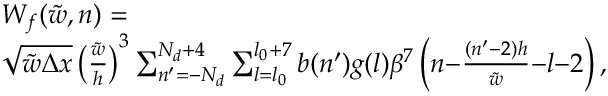
\begin{array} { r l } & { W _ { f } ( \tilde { w } , n ) = } \\ & { \sqrt { \tilde { w } \Delta x } \left( \frac { \tilde { w } } { h } \right) ^ { 3 } \sum _ { n ^ { \prime } = - N _ { d } } ^ { N _ { d } + 4 } \sum _ { l = l _ { 0 } } ^ { l _ { 0 } + 7 } b ( n ^ { \prime } ) g ( l ) \beta ^ { 7 } \left( n { - } \frac { ( n ^ { \prime } { - } 2 ) h } { \tilde { w } } { - } l { - } 2 \right) , } \end{array}